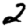
Digit: 2